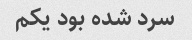
سرد شده بود یکم